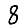
Digit: 8